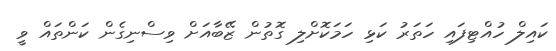
ކައިލް ހުއްޓިފައި ހަތަރު ކަޅި ހަމަކޮށްލި ގޮތުން ޒޭބާއަށް ވިސްނިގެން ކަންތައް ވީ